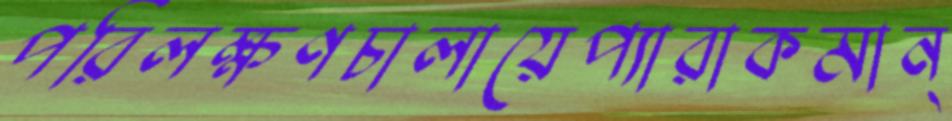
পরিলক্ষণচালায়েপ্যারাকমান্